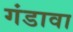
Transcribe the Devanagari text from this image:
गंडावा